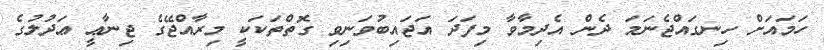
ހަމައަށް ހިނގައްޖެނަމަ ދެން އެދިމާވާ މިފަދަ އަޖައިބުވަނިވި ގޮތްތަކަކީ މިރާއްޖޭގެ ޖިނާޢީ ޢަދުލުގެ